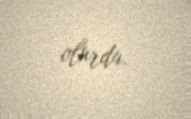
olurdu.